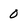
Character: 0